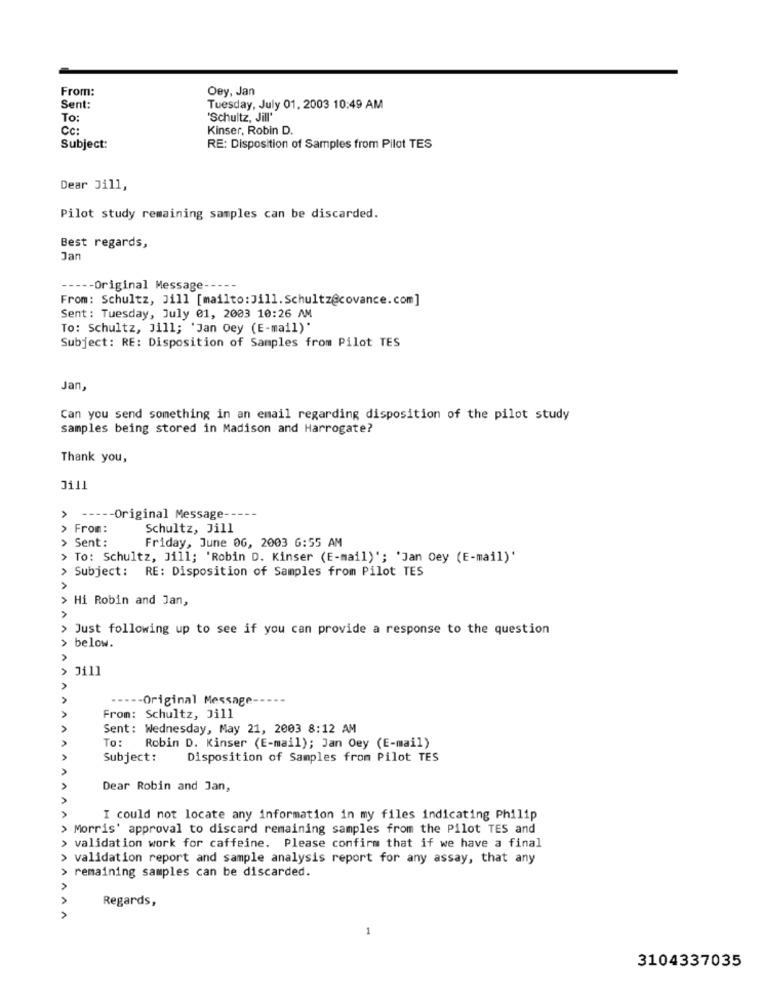
From:
Oey, Jan
Sent:
Tuesday, July 01. 2003 10:49 AM
To:
'Schultz, Jill"
CC:
Kinser, Robin D.
Subject:
RE: Disposition of Samples from Pilot TES
Dear Jill,
Pilot study remaining samples can be discarded.
Best regards,
Jar
---- Original Message
From: Schultz, Jill [mailto: Jill. Schultz@covance.com]
Sent: Tuesday, July 01, 2003 10:26 AM
To: Schultz, Jill; 'Jan Oey (E-mail)'
Subject: RE: Disposition of Samples from Pilot TES
Jan,
Can you send something in an email regarding disposition of the pilot study
samples being stored in Madison and Harrogate?
Thank you,
----- Original Message --
From:
Schultz, Jill
Sent :
Friday, June 06, 2003 6:55 AM
> To: Schultz, Jill; 'Robin D. Kinser (E-mail)'; 'Jan Oey (E-mail)'
>
Subject: RE: Disposition of Samples from Pilot TES
Hi Robin and Jan,
>
Just following up to see if you can provide a response to the question
> below.
Jill
--- Original Message-
From: Schultz, Jill
Sent: Wednesday, May 21, 2003 8:12 AM
To: Robin D. Kinser (E-mail); Jan Oey (E-mail)
Subject:
Disposition of Samples from Pilot TES
Dear Robin and Jan,
I could not locate any information in my files indicating Philip
> Morris' approval to discard remaining samples from the Pilot TES and
AA
validation work for caffeine. Please confirm that if we have a final
> validation report and sample analysis report for any assay, that any
remaining samples can be discarded.
Regards,
AAAAAA
3104337035